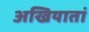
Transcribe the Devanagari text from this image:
अखियातां